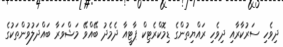
ދިވެހި ސަރުކާރާއި ދިވެހި ރައްޔިތުންގެ ޑިމޮކްރެޓިކް ޕާޓީއާ ދެމެދު ބޭއްވޭ މަޝްވަރާ ބައްދަލުވުންތަކުގެ